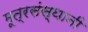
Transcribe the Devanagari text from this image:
मूत्रसंस्थानी